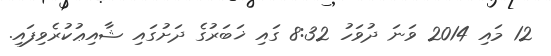
12 މައި 2014 ވަނަ ދުވަހު 8:32 ގައި ޚަބަރުގެ ދަށުގައި ޝާއިޢުކުރެވިފައި.